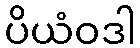
ပိယံဝဒါ